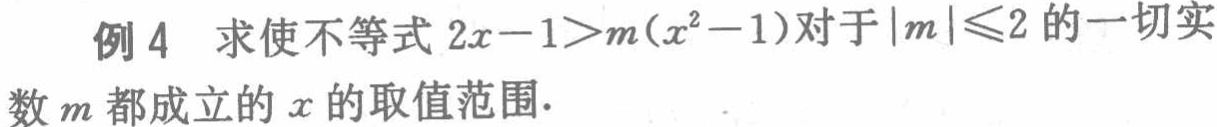
例 4 求使不等式 \(2x - 1>m(x^{2}-1)\) 对于 \(|m|\leqslant2\) 的一切实数 \(m\) 都成立的 \(x\) 的取值范围.